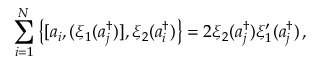
\sum _ { i = 1 } ^ { N } \left\{ [ a _ { i } , ( \xi _ { 1 } ( a _ { j } ^ { \dagger } ) ] , \xi _ { 2 } ( a _ { i } ^ { \dagger } ) \right\} = 2 \xi _ { 2 } ( a _ { j } ^ { \dagger } ) \xi _ { 1 } ^ { \prime } ( a _ { j } ^ { \dagger } ) \, ,